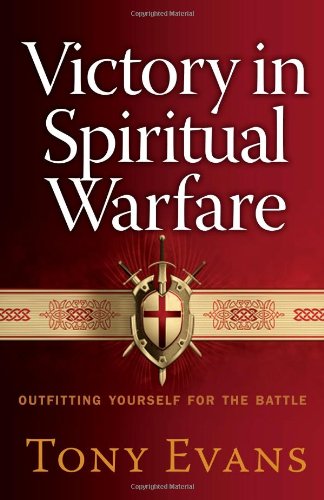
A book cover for Victory in Spiritual Warfare: Outfitting Yourself for the Battle; Tony Evans; Christian Books & Bibles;